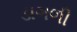
ડાગળી